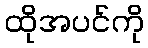
ထိုအပင်ကို